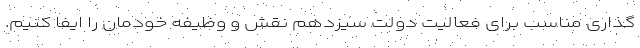
گذاری مناسب برای فعالیت دولت سیزدهم نقش و وظیفه خودمان را ایفا کنیم.